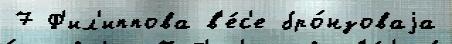
7 Ф'ил'иппова в'е́с'е бро́нзоваjа